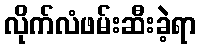
လိုက်လံဖမ်းဆီးခဲ့ရာ